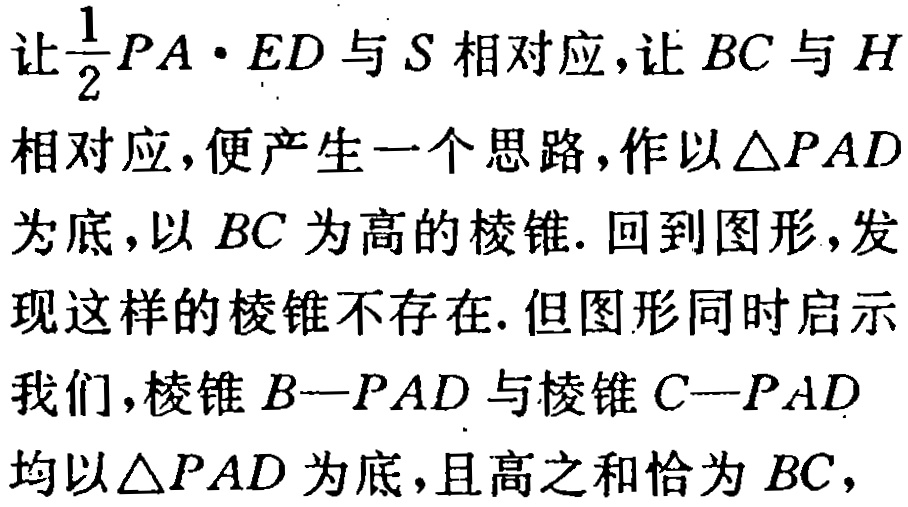
让$\frac{1}{2}PA\cdot ED$与$S$相对应，让$BC$与$H$相对应，便产生一个思路，作以$\triangle PAD$为底，以$BC$为高的棱锥. 回到图形，发现这样的棱锥不存在. 但图形同时启示我们，棱锥$B - PAD$与棱锥$C - PAD$均以$\triangle PAD$为底，且高之和恰为$BC$，